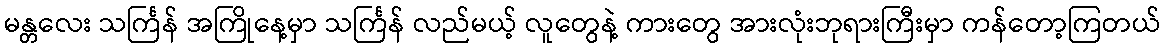
မန္တလေး သင်္ကြန် အကြိုနေ့မှာ သင်္ကြန် လည်မယ့် လူတွေနဲ့ ကားတွေ အားလုံးဘုရားကြီးမှာ ကန်တော့ကြတယ်